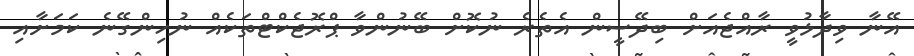
އޭނާ ވިދާޅުވީ ރާއްޖެއަށް ބިދޭސީން އެތެރެ ނުކޮށް ބޭނުންވާ ޕްރޮޖެކްޓްތަކެއް ނުހިންގޭނެ ކަމަށާއި